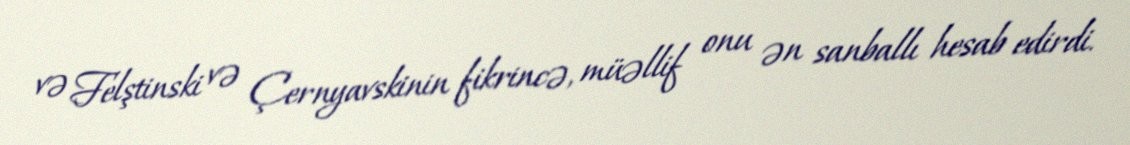
və Felştinski və Çernyavskinin fikrincə, müəllif onu ən sanballı hesab edirdi.